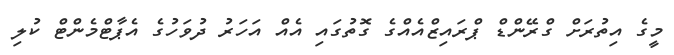
މީގެ އިތުރަށް ގްރޭންޑް ޕްރައިޒްއެއްގެ ގޮތުގައި އެއް އަހަރު ދުވަހުގެ އެޕާޓްމެންޓް ކުލި